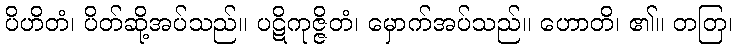
ပိဟိတံ၊ ပိတ်ဆို့အပ်သည်။ ပဋိကုဇ္ဇိတံ၊ မှောက်အပ်သည်။ ဟောတိ၊ ၏။ တတြ၊